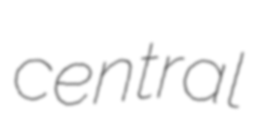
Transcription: central